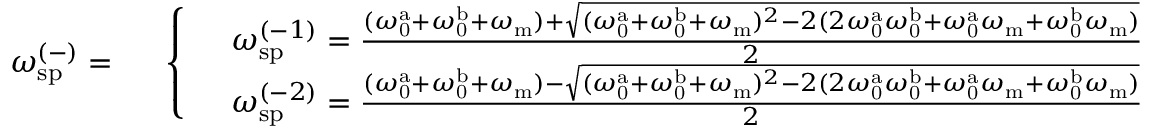
\omega _ { \mathrm { s p } } ^ { ( - ) } = \begin{array} { r l } & { \left\{ \begin{array} { l l } & { \omega _ { \mathrm { s p } } ^ { ( - 1 ) } = \frac { ( \omega _ { \mathrm { 0 } } ^ { \mathrm { a } } + \omega _ { \mathrm { 0 } } ^ { \mathrm { b } } + \omega _ { \mathrm { m } } ) + \sqrt { ( \omega _ { \mathrm { 0 } } ^ { \mathrm { a } } + \omega _ { \mathrm { 0 } } ^ { \mathrm { b } } + \omega _ { \mathrm { m } } ) ^ { 2 } - 2 ( 2 \omega _ { \mathrm { 0 } } ^ { \mathrm { a } } \omega _ { \mathrm { 0 } } ^ { \mathrm { b } } + \omega _ { \mathrm { 0 } } ^ { \mathrm { a } } \omega _ { \mathrm { m } } + \omega _ { \mathrm { 0 } } ^ { \mathrm { b } } \omega _ { \mathrm { m } } ) } } { 2 } } \\ & { \omega _ { \mathrm { s p } } ^ { ( - 2 ) } = \frac { ( \omega _ { \mathrm { 0 } } ^ { \mathrm { a } } + \omega _ { \mathrm { 0 } } ^ { \mathrm { b } } + \omega _ { \mathrm { m } } ) - \sqrt { ( \omega _ { \mathrm { 0 } } ^ { \mathrm { a } } + \omega _ { \mathrm { 0 } } ^ { \mathrm { b } } + \omega _ { \mathrm { m } } ) ^ { 2 } - 2 ( 2 \omega _ { \mathrm { 0 } } ^ { \mathrm { a } } \omega _ { \mathrm { 0 } } ^ { \mathrm { b } } + \omega _ { \mathrm { 0 } } ^ { \mathrm { a } } \omega _ { \mathrm { m } } + \omega _ { \mathrm { 0 } } ^ { \mathrm { b } } \omega _ { \mathrm { m } } ) } } { 2 } } \end{array} \right. } \end{array}